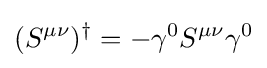
(S^{\mu \nu })^{\dagger }=-\gamma ^{0}S^{\mu \nu }\gamma ^{0}